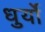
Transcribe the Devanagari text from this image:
धुर्यो